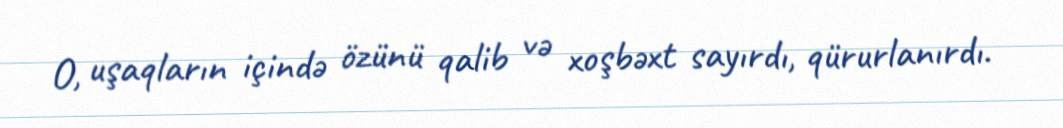
O, uşaqların içində özünü qalib və xoşbəxt sayırdı, qürurlanırdı.